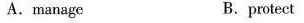
A.manage B.protect